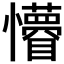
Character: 𭟤